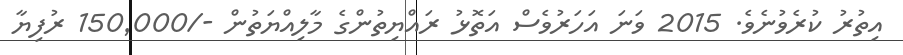
އިތުރު ކުރެވުނެވެ. 2015 ވަނަ އަހަރުވެސް އަތޮޅު ރައްޔިތުންގެ މާލިއްޔަތުން -/150